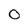
Character: 0